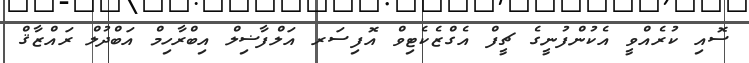
ސޮއި ކުރެއްވީ އެކުންފުނީގެ ޗީފް އެގްޒެކެޓިވް އޮފިސަރ އަލްފާޟިލް އިބްރާހިމް އަބްދުލް ރައްޒާޤް